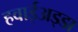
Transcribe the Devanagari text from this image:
हवाईअड्‍डा